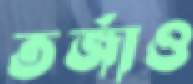
তর্জাও